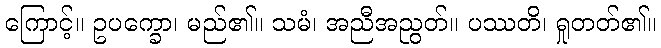
ကြောင့်။ ဥပက္ခော၊ မည်၏။ သမံ၊ အညီအညွတ်။ ပဿတိ၊ ရှုတတ်၏။